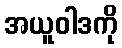
အယူဝါဒကို